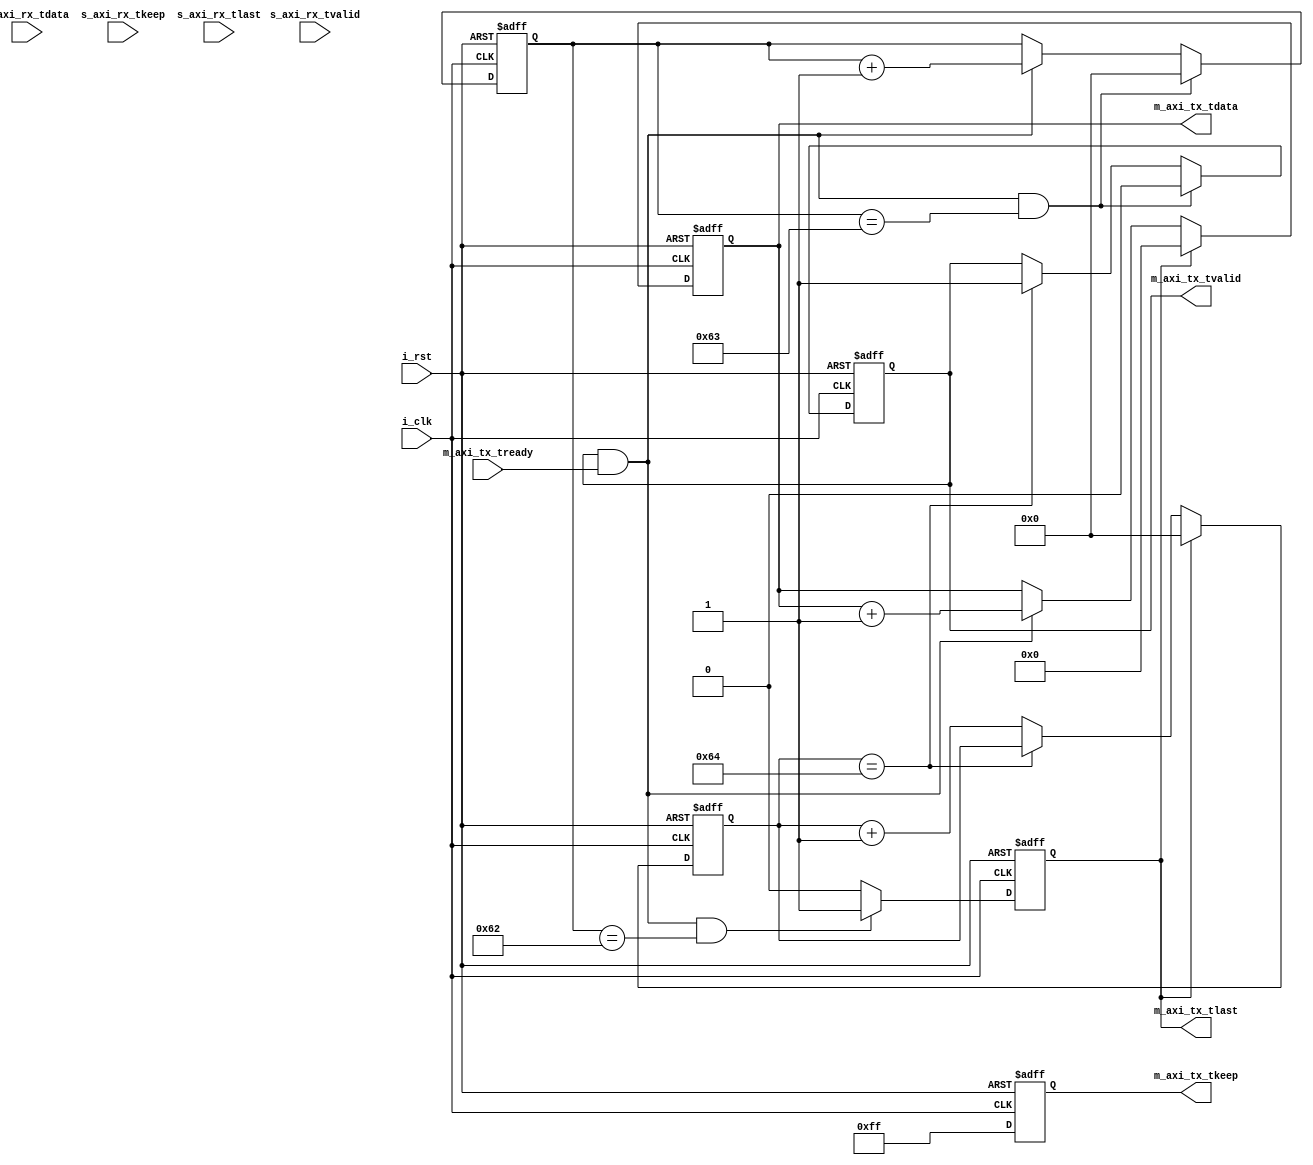
`timescale 1ns / 1ps
//////////////////////////////////////////////////////////////////////////////////
// Company: 
// Engineer: 
// 
// Design Name: 
// Module Name: user_data_gen
// Project Name: 
// Target Devices: 
// Tool Versions: 
// Description: 
// 
// Dependencies: 
// 
// Revision:
// Revision 0.01 - File Created
// Additional Comments:
// 
//////////////////////////////////////////////////////////////////////////////////


module user_data_gen(
    input               i_clk                       ,
    input               i_rst                       ,

    output [63:0]       m_axi_tx_tdata              ,
    output [7 :0]       m_axi_tx_tkeep              ,
    output              m_axi_tx_tlast              ,
    output              m_axi_tx_tvalid             ,
    input               m_axi_tx_tready             ,
    input  [63:0]       s_axi_rx_tdata              ,
    input  [7 :0]       s_axi_rx_tkeep              ,
    input               s_axi_rx_tlast              ,
    input               s_axi_rx_tvalid             
);

localparam              P_SEND_LEN = 100            ;

reg  [63:0]             rm_axi_tx_tdata             ;
reg  [7 :0]             rm_axi_tx_tkeep             ;
reg                     rm_axi_tx_tlast             ;
reg                     rm_axi_tx_tvalid            ;
reg  [15:0]             r_cnt                       ;
reg  [15:0]             r_send_cnt                  ;

wire                    w_start                     ;
wire                    w_active                    ;
wire [63:0]             ws_axi_rx_tdata             ;
wire [7 :0]             ws_axi_rx_tkeep             ;
wire                    ws_axi_rx_tlast             ;
wire                    ws_axi_rx_tvalid            ;

assign w_start = r_cnt == 100                      ;
assign w_active = m_axi_tx_tvalid & m_axi_tx_tready ;
assign m_axi_tx_tdata  = rm_axi_tx_tdata            ;
assign m_axi_tx_tkeep  = rm_axi_tx_tkeep            ;
assign m_axi_tx_tlast  = rm_axi_tx_tlast            ;
assign m_axi_tx_tvalid = rm_axi_tx_tvalid           ;
assign ws_axi_rx_tdata  = s_axi_rx_tdata            ;
assign ws_axi_rx_tkeep  = s_axi_rx_tkeep            ;
assign ws_axi_rx_tlast  = s_axi_rx_tlast            ;
assign ws_axi_rx_tvalid = s_axi_rx_tvalid           ;

always@(posedge i_clk,posedge i_rst)
begin
    if(i_rst)
        r_cnt <= 'd0;
    else if(rm_axi_tx_tlast)
        r_cnt <= 'd0;
    else if(r_cnt == 100)
        r_cnt <= r_cnt;
    else 
        r_cnt <= r_cnt + 1;

end

always@(posedge i_clk,posedge i_rst)
begin
    if(i_rst)
        r_send_cnt <= 'd0;
    else if(w_active && r_send_cnt == P_SEND_LEN - 1)
        r_send_cnt <= 'd0;
    else if(w_active)
        r_send_cnt <= r_send_cnt + 1;
    else
        r_send_cnt <= r_send_cnt;
end

always@(posedge i_clk,posedge i_rst)
begin
    if(i_rst)
        rm_axi_tx_tvalid <= 'd0;
    else if(w_active && r_send_cnt == P_SEND_LEN - 1)
        rm_axi_tx_tvalid <= 'd0;
    else if(w_start)
        rm_axi_tx_tvalid <= 'd1;
    else 
        rm_axi_tx_tvalid <= rm_axi_tx_tvalid;
end

always@(posedge i_clk,posedge i_rst)
begin
    if(i_rst)
        rm_axi_tx_tlast <= 'd0;
    else if(w_active && r_send_cnt == P_SEND_LEN - 2)
        rm_axi_tx_tlast <= 'd1;
    else    
        rm_axi_tx_tlast <= 'd0;
end

always@(posedge i_clk,posedge i_rst)
begin
    if(i_rst)
        rm_axi_tx_tdata <= 64'd0;
    else if(rm_axi_tx_tlast)
        rm_axi_tx_tdata <= 64'd0;
    else if(w_active)
        rm_axi_tx_tdata <= rm_axi_tx_tdata + 1;
    else 
        rm_axi_tx_tdata <= rm_axi_tx_tdata;
end

always@(posedge i_clk,posedge i_rst)
begin   
    if(i_rst)
        rm_axi_tx_tkeep <= 8'b11111111;
    else 
        rm_axi_tx_tkeep <= 8'b11111111;
end

endmodule